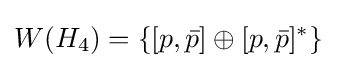
W(H_{4})=\lbrace [p,{\bar {p}}]\oplus [p,{\bar {p}}]^{*}\rbrace